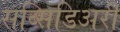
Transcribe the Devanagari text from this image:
सब्सिडिअरी